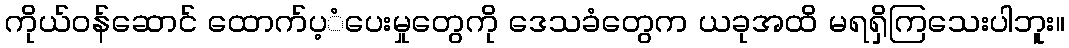
ကိုယ်ဝန်ဆောင် ထောက်ပ့ံပေးမှုတွေကို ဒေသခံတွေက ယခုအထိ မရရှိကြသေးပါဘူး။